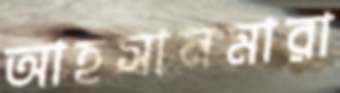
আহসানমারা